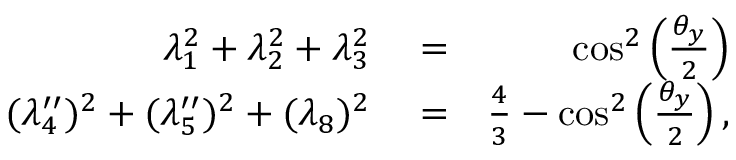
\begin{array} { r l r } { \lambda _ { 1 } ^ { 2 } + \lambda _ { 2 } ^ { 2 } + \lambda _ { 3 } ^ { 2 } } & { { } = } & { \cos ^ { 2 } \left( \frac { \theta _ { y } } { 2 } \right) } \\ { ( \lambda _ { 4 } ^ { \prime \prime } ) ^ { 2 } + ( \lambda _ { 5 } ^ { \prime \prime } ) ^ { 2 } + ( \lambda _ { 8 } ) ^ { 2 } } & { { } = } & { \frac { 4 } { 3 } - \cos ^ { 2 } \left( \frac { \theta _ { y } } { 2 } \right) , } \end{array}